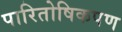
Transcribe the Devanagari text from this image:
पारितोषिकपण